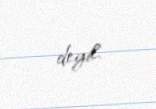
deyil.